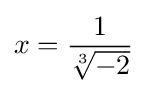
x={\frac {1}{\sqrt[{3}]{-2}}}